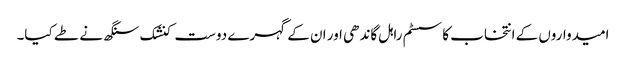
امیدواروں کے انتخاب کا سسٹم راہل گاندھی اور ان کے گہرے دوست کنشک سنگھ نے طے کیا۔